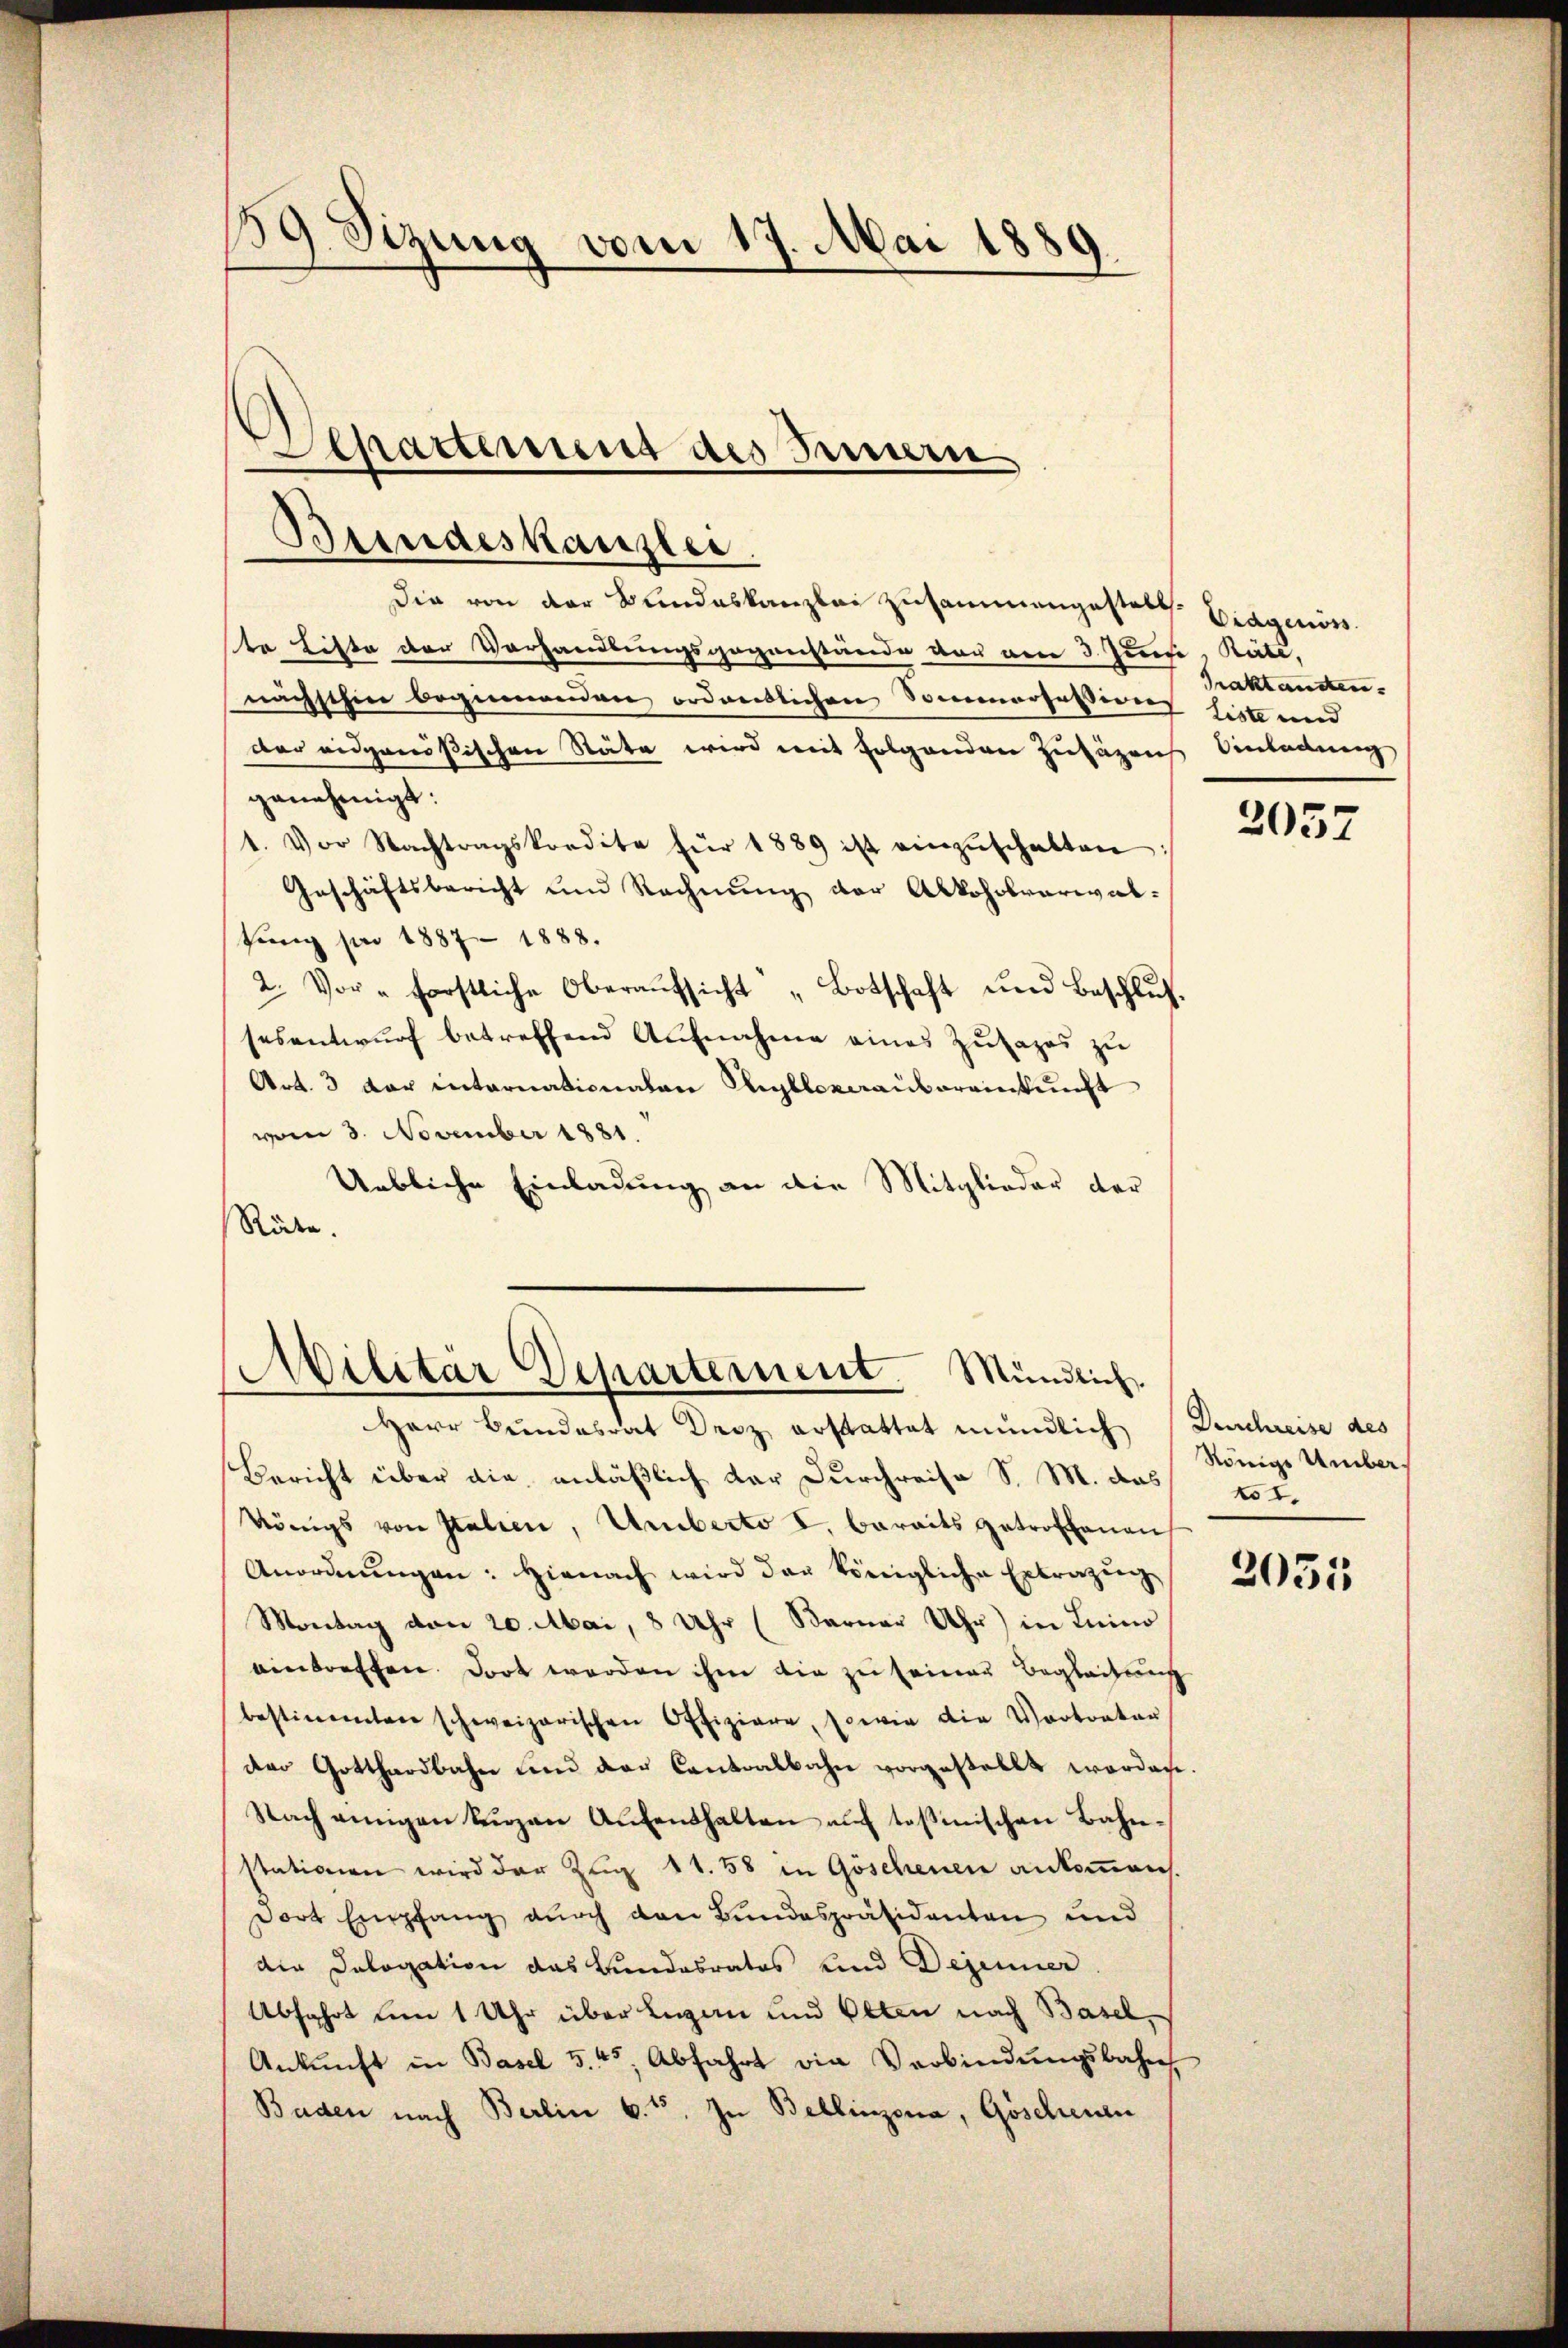
39. Sizung vom 17. Mai 1889.

Bundeskanzlei

Die von der Bundeskanzlei zusammengestalt. Eidgenöss
te Liste der Vorhandlungsgegenstände vor den 3. Juni, Räte,
nächsthin beginnenden ordentlichen Sommrofessives liste und
der eidgenößischen Stäte wird mit folgenden zusäzrich Einladung
genehmigt:
1. Vor Nachtragskredite für 1889 ist einzŭschatten
Geschäftsbericht und Rechnŭng der Alkoholvarial-
fung pro 1887 - 1888.
2. Vor "forstliche Oberaŭfsicht „Botschaft und Beschlŭs.
sesentwurf betreffend Aufnahme eines Zutages zu
Art. 3 der internationaten Rigllozeraubereinkunft
vom 3. November 1881.
Uebliche Einladung an die Mitglieder der
Räte.

Schatterung des Innern

Herr Bundesrat Droz erstattet mündlich (Duschreise des
Bericht über die anläßlich dar Durchreise S. M. das 151.
Königs von Italien, Umberto I. bereits getroffenen
Anordnŭngen: Hienach wird der Königliche Ertragung
Montag von 20. Mai, 8 Uhr (Berner Uhr) in Luino
eintreffen. Dort werden ihm die zu seiner Begleitung
bestimmten schweizerischen Offiziere, sowie die Vortreter
der Gotthardbahn und der Cantoalbahn vorgestellt worden.
Nach einigen Kenzen Aŭfenthalten aŭf tosinischen Bahn-
stationen wird der Zug 11. 58 in Göschenen ankommen
Dort Empfang durch den Bundespräsidenten und
die Dalogation das Bundesrates und Degenner
Abfahrt um 1 Uhr über Legern und Olten nach Basel,
Ankŭnft in Basel 5.45, Abfahrt die Verbindŭngsbahn,
Baden nach Berlin 6. 15. In Bellinzona, Göscheuen

Militär Departement. Mündlich

Praktandten.

2057

Königs Umber.

2035